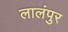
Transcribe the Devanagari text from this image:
लालंपुर